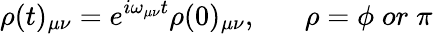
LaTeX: \rho(t)_{\mu\nu}=e^{i\omega_{\mu\nu}t}\rho(0)_{\mu\nu},\; \; \; \; \; \; \rho=\phi\; or\; \pi